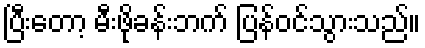
ပြီးတော့ မီးဖိုခန်းဘက် ပြန်ဝင်သွားသည်။